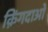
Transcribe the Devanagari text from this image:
क़िंगदाओ